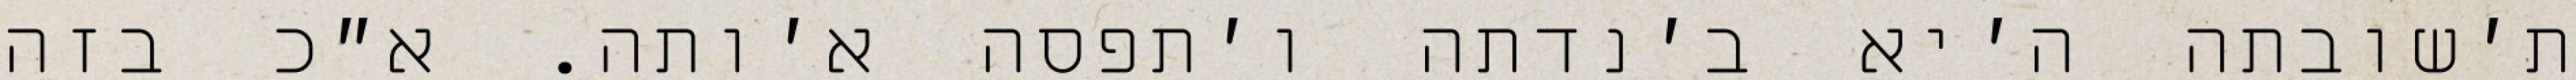
ת׳שובתה ה׳יא ב׳נדתה ו׳תפסה א׳ותה. א״כ בזה